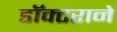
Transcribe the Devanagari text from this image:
डॉक्टराने